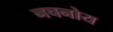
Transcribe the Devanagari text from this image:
नचनोय